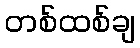
တစ်ထစ်ချ